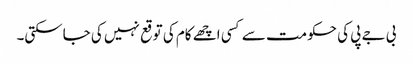
بی جے پی کی حکومت سے کسی اچھے کام کی توقع نہیں کی جاسکتی۔